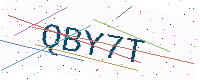
Text: QBY7T